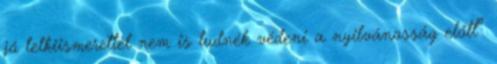
jó lelkiismerettel nem is tudnék védeni a nyilvánosság előtt”.